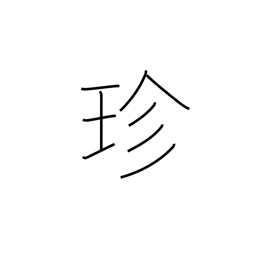
Meaning: curious